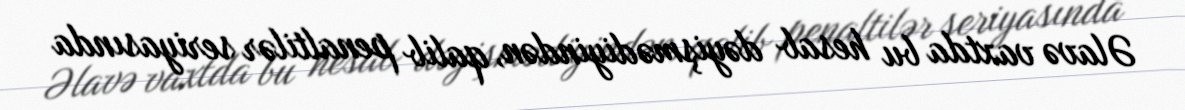
Əlavə vaxtda bu hesab dəyişmədiyindən, qalib penaltilər seriyasında